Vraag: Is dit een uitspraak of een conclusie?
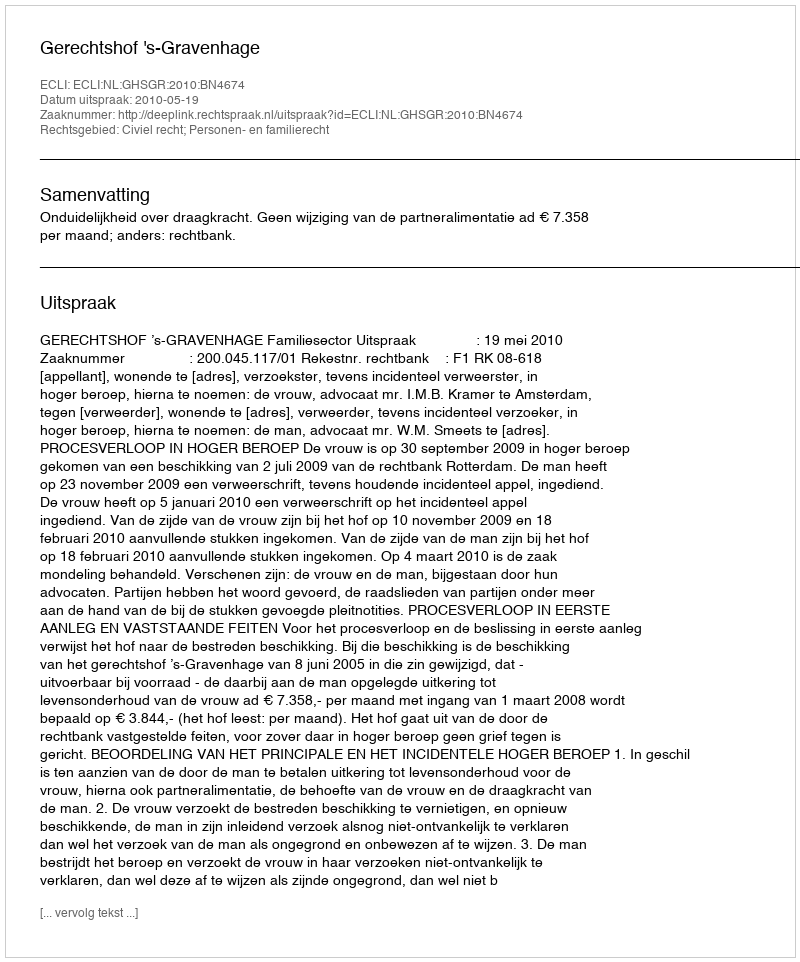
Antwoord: Uitspraak